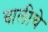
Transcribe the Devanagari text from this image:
बालीचे